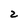
Character: 2